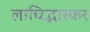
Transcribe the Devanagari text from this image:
लाचिद्भास्कर